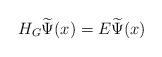
LaTeX: \begin{align*}H_{G}\widetilde{\Psi }(x)=E\widetilde{\Psi }(x)\end{align*}